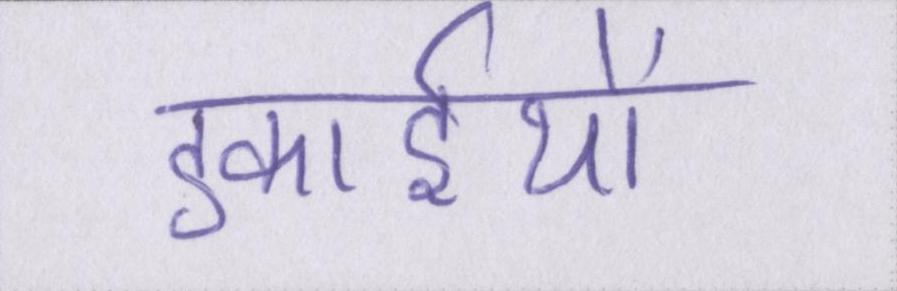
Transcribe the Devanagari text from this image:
इकाईयों